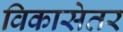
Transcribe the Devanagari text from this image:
विकासेतर